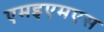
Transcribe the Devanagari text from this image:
एमइएमएस